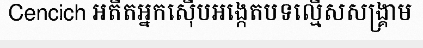
Cencich អតីតអ្នកស៊ើបអង្កេតបទល្មើសសង្គ្រាម